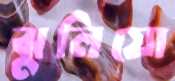
ঝুলিয়ো